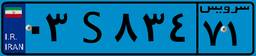
۴۹S۷۶۶۶۴